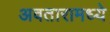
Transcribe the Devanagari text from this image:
अवतारामध्ये